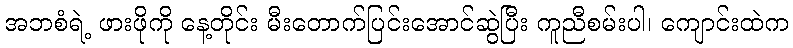
အဘစံရဲ့ ဖားဖိုကို နေ့တိုင်း မီးတောက်ပြင်းအောင်ဆွဲပြီး ကူညီစမ်းပါ၊ ကျောင်းထဲက